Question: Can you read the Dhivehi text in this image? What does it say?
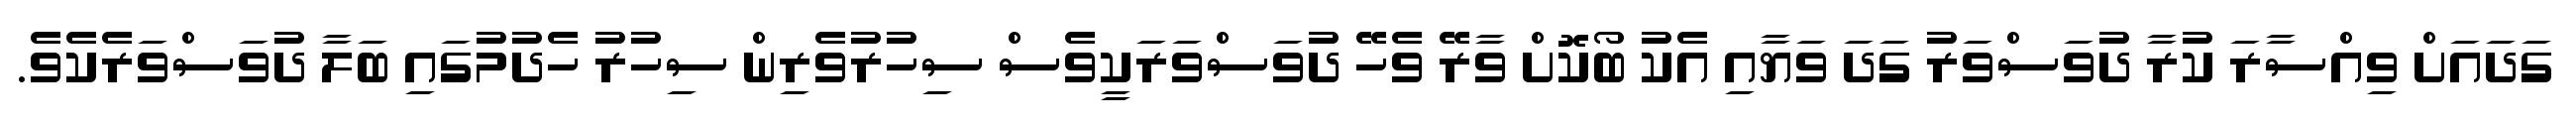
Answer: ގަދައަށް ވިއްސާރަ ކުރާ ދުވަސްވަރު ގަދަ ވަޔާއި އެކު ބޯކޮށް ވާރޭ ވެހޭ ދުވަސްވަރަކީވެސް ސިހުރުވެރިން ސިހުރު ހެދުމުގައި ބަލާ ދުވަސްވަރެކެވެ.